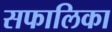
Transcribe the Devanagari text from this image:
सफालिका